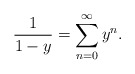
\begin{align*}\frac{1}{1-y} = \sum_{n=0}^\infty y^n.\end{align*}